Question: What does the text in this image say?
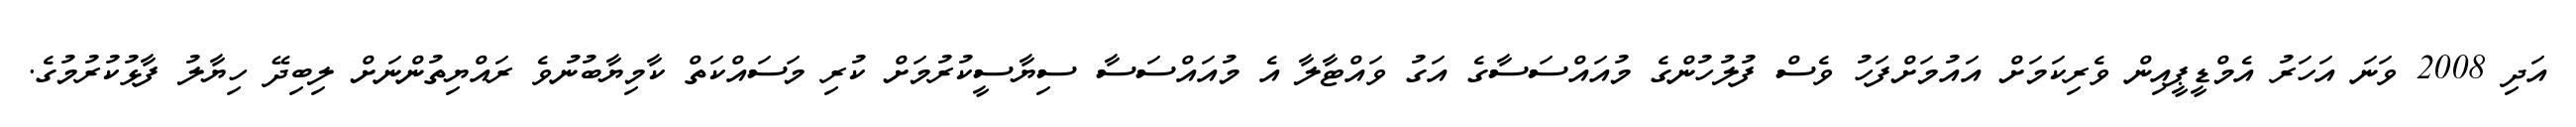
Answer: އަދި 2008 ވަނަ އަހަރު އެމްޑީޕީއިން ވެރިކަމަށް އައުމަށްފަހު ވެސް ފުލުހުންގެ މުއައްސަސާގެ އަގު ވައްޓާލާ އެ މުއައްސަސާ ސިޔާސީކުރުމަށް ކުރި މަސައްކަތް ކާމިޔާބުނުވެ ރައްޔިތުންނަށް ލިބިދޭ ހިޔާލު ފާޅުކުރުމުގެ.